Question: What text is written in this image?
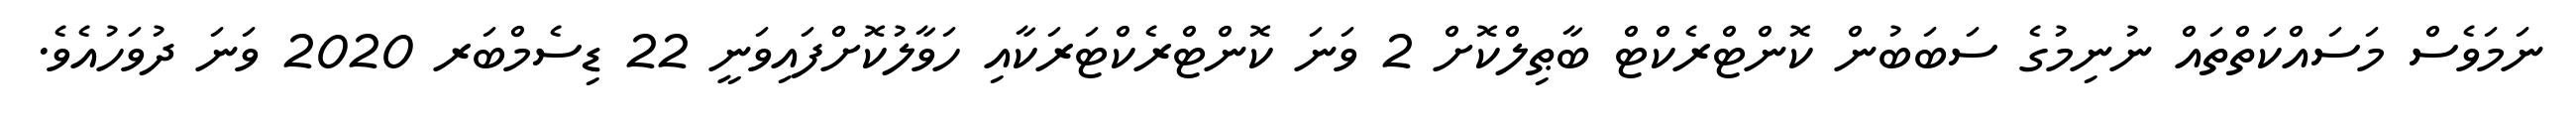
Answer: ނަމަވެސް މަސައްކަތްތައް ނުނިމުގެ ސަބަބުން ކޮންޓްރެކްޓް ބާޠިލްކޮށް 2 ވަނަ ކޮންޓްރެކްޓަރަކާއި ހަވާލުކޮށްފައިވަނީ 22 ޑިސެމްބަރ 2020 ވަނަ ދުވަހުއެވެ.